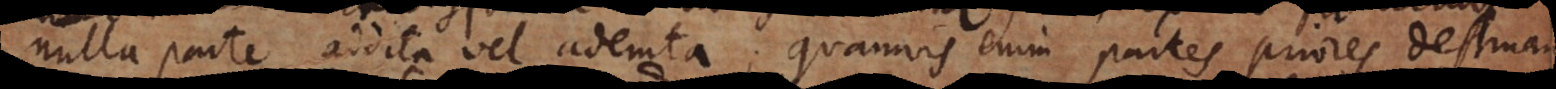
nulla parte addita vel ademta; quamvis enim partes priores destruan